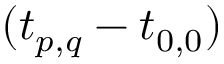
( \boldsymbol { t } _ { p , q } - \boldsymbol { t } _ { 0 , 0 } )